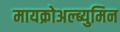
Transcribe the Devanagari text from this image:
मायक्रोअल्ब्युमिन